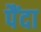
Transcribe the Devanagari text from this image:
पैंदा